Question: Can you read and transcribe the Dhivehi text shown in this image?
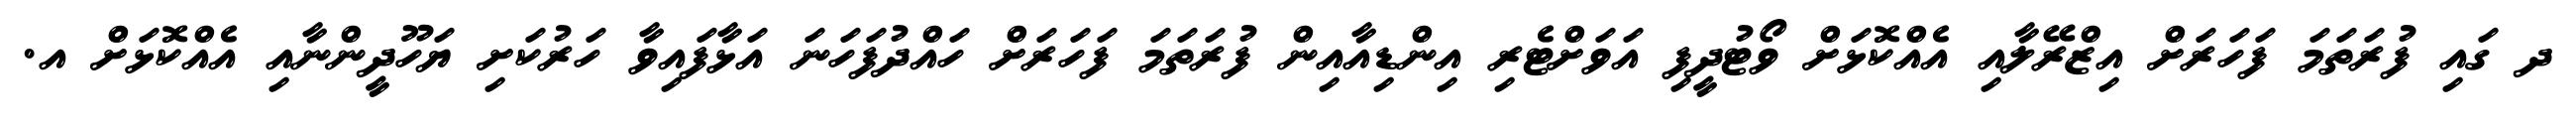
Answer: ދ ގައި ފުރަތަމަ ފަހަރަށް އިޒްރޭލާއި އެއްކޮޅަށް ވޯޓުދީފި އަވަށްޓެރި އިންޑިއާއިން ފުރަތަމަ ފަހަރަށް ހައްދުފަހަނަ އަޅާފައިވާ ހަރުކަށި ޔަހޫދީންނާއި އެއްކޮޅަށް އ.